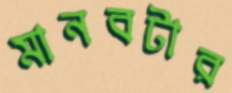
মানবটার